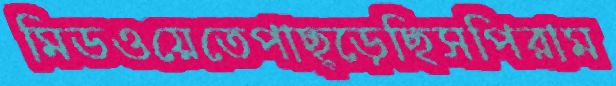
মিডওয়েতেপাছ্‌ড়েছিসপিরাম